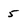
Character: 5